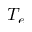
T _ { e }